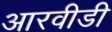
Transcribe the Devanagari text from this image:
आरवीडी